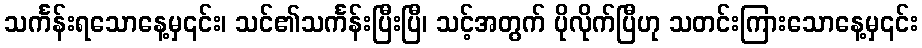
သင်္ကန်းရသောနေ့မှ၎င်း၊ သင်၏သင်္ကန်းပြီးပြီ၊ သင့်အတွက် ပိုလိုက်ပြီဟု သတင်းကြားသောနေ့မှ၎င်း